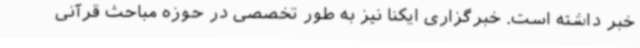
خبر داشته است. خبرگزاری ایکنا نیز به طور تخصصی در حوزه مباحث قرآنی